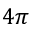
4 \pi